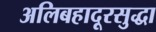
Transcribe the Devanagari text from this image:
अलिबहादूरसुद्धा